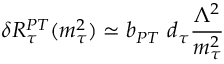
\delta R _ { \tau } ^ { P T } ( m _ { \tau } ^ { 2 } ) \simeq b _ { P T } \ d _ { \tau } { \frac { \Lambda ^ { 2 } } { m _ { \tau } ^ { 2 } } }